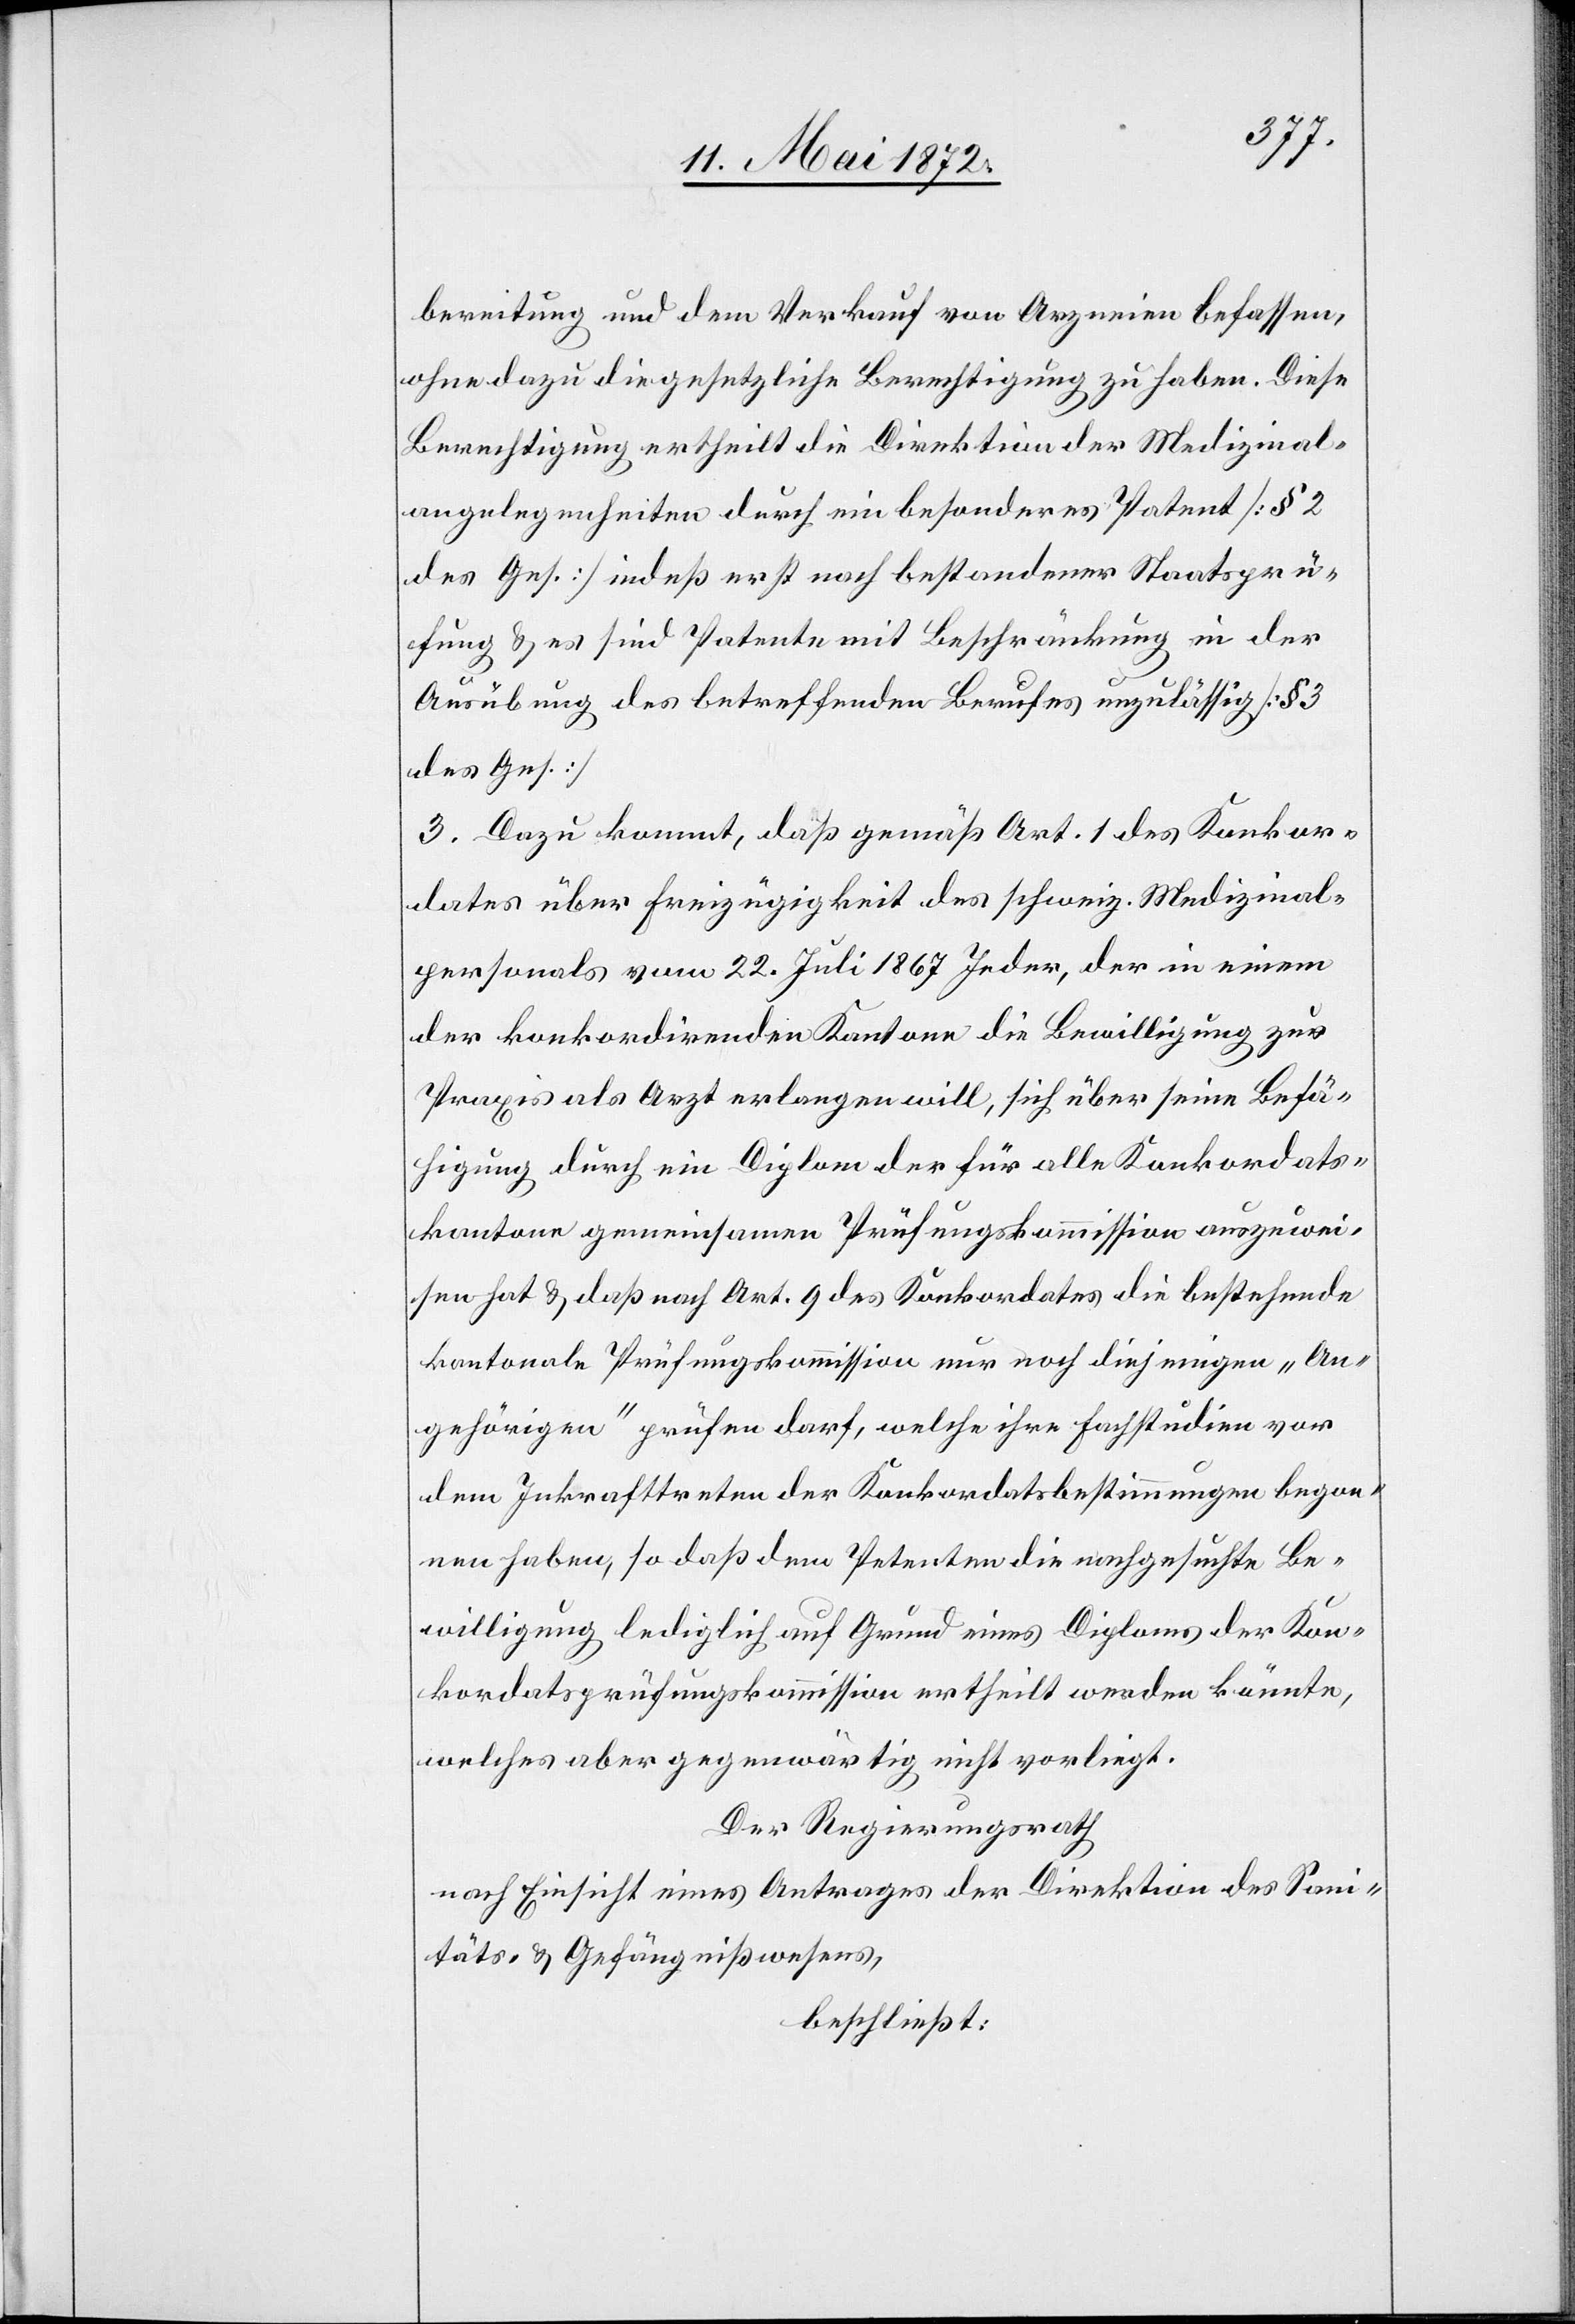
bereitung und dem Verkauf von Arzneien befassen,
ohne dazu die gesetzliche Berechtigung zu haben. Diese
Berechtigung ertheilt die Direktion der Medizinal¬
angelegenheiten durch ein besonderes Patent [§ 2
des Ges.] indeß erst nach bestandener Staatsprü¬
fung u. es sind Patente mit Beschränkung in der
Ausübung des betreffenden Berufes unzulässig [§ 3
des Ges.]
3. Dazu kommt, daß gemäß Art. 1 des Konkor¬
dates über Freizügigkeit des schweiz. Medizinal¬
personals vom 22. Juli 1867 Jeder, der in einem
der konkordirenden Kantone die Bewilligung zur
Praxis als Arzt erlangen will, sich über seine Befä¬
higung durch ein Diplom der für alle Konkordats¬
kantone gemeinsamen Prüfungskommission auszuwei¬
sen hat u. daß nach Art. 9 des Konkordates die bestehende
kantonale Prüfungskommission nur noch diejenigen „An¬
gehörigen“ prüfen darf, welche ihre Fachstudien vor
dem Inkrafttreten der Konkordatsbestimmungen begon¬
nen haben, so daß dem Petenten die nachgesuchte Be¬
willigung lediglich auf Grund eines Diploms der Kon¬
kordatsprüfungskommission ertheilt werden könnte,
welches aber gegenwärtig nicht vorliegt.
Der Regierungsrath
nach Einsicht eines Antrages der Direktion des Sani¬
täts- u. Gefängnißwesens,
beschließt: